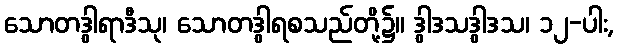
သောတဒွါရာဒီသု၊ သောတဒွါရစသည်တို့၌။ ဒွါဒသဒွါဒသ၊ ၁၂-ပါး,